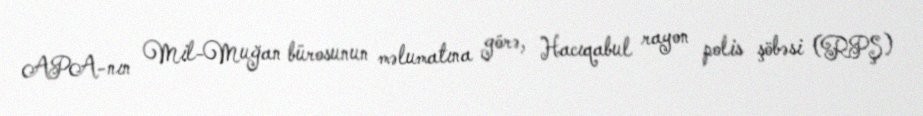
APA-nın Mil-Muğan bürosunun məlumatına görə, Hacıqabul rayon polis şöbəsi (RPŞ)